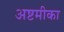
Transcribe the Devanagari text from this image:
अष्टमीका